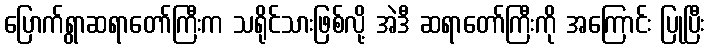
ပြောက်ရွာဆရာတော်ကြီးက သရိုင်သားဖြစ်လို့ အဲဒီ ဆရာတော်ကြီးကို အကြောင်း ပြုပြီး